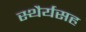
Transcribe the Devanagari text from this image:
स्थैर्यसह